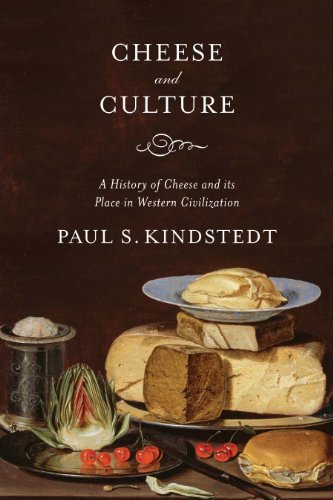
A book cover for Cheese and Culture: A History of Cheese and its Place in Western Civilization; Paul Kindstedt; Cookbooks, Food & Wine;